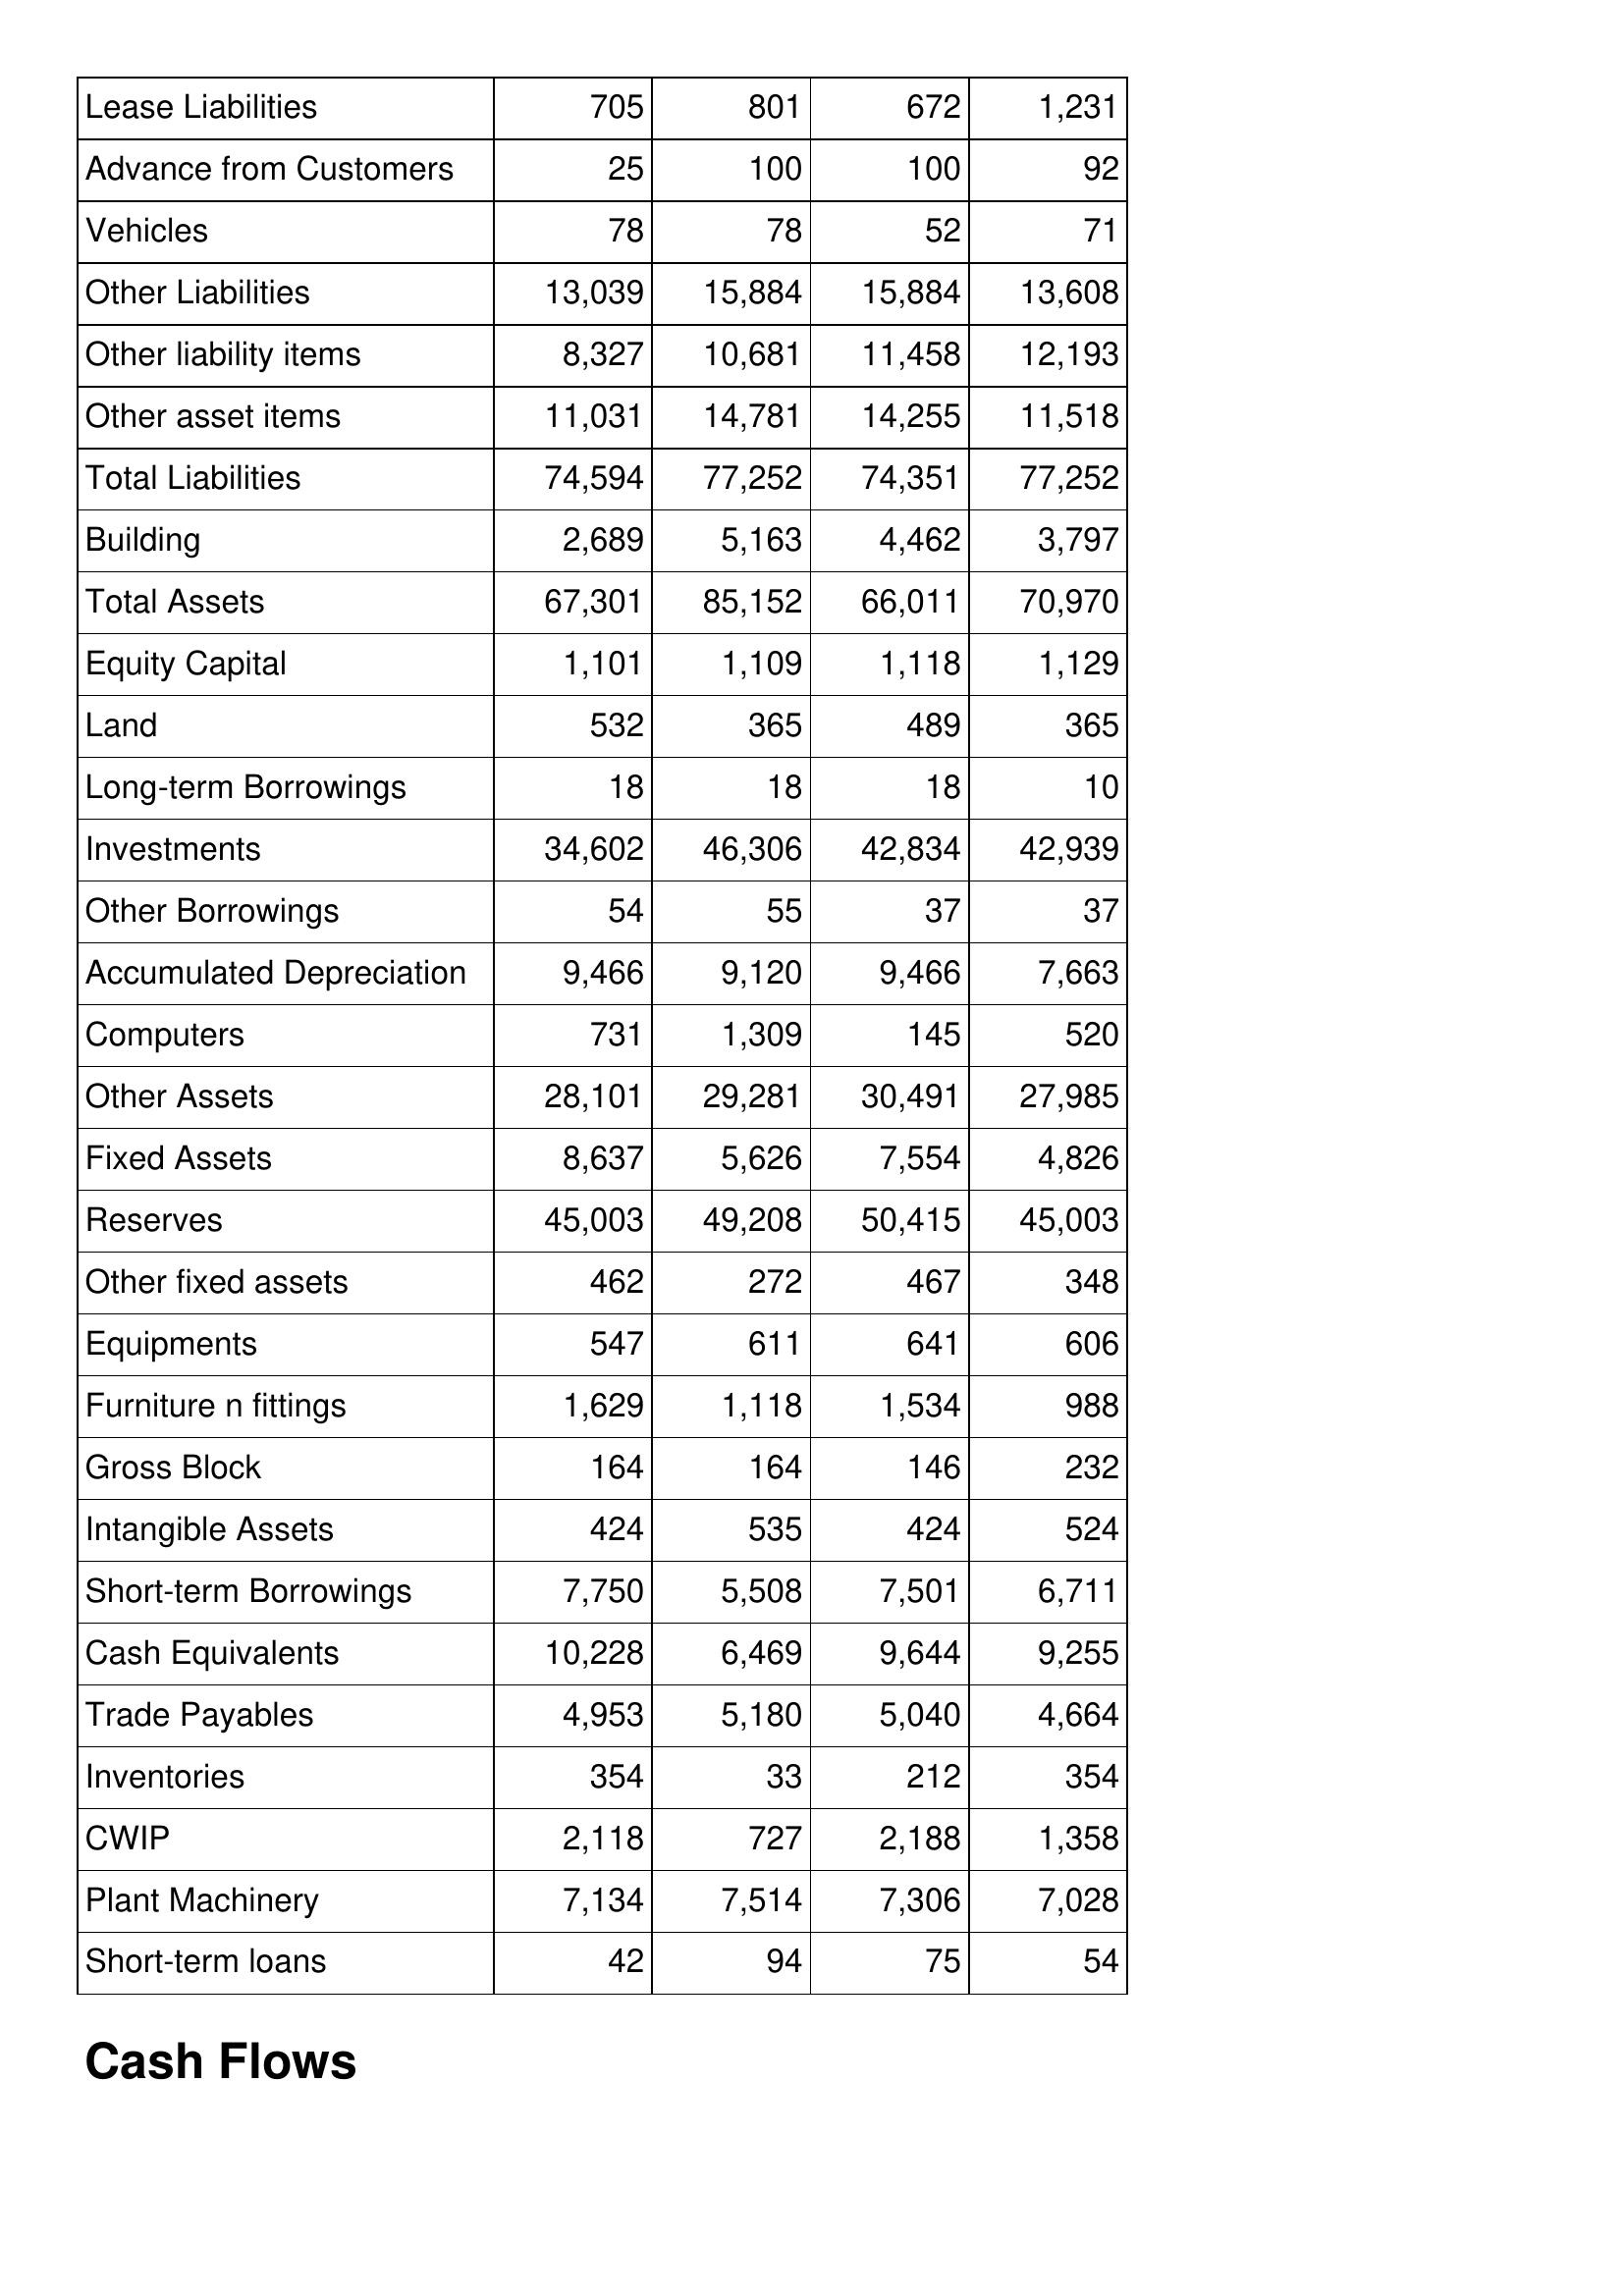
May-15: Balance Sheet: Lease Liabilities: 705
Advance from Customers: 25
Vehicles: 78
Other Liabilities: 13,039
Other liability items: 8,327
Other asset items: 11,031
Total Liabilities: 74,594
Building: 2,689
Total Assets: 67,301
Equity Capital: 1,101
Land: 532
Long-term Borrowings: 18
Investments: 34,602
Other Borrowings: 54
Accumulated Depreciation: 9,466
Computers: 731
Other Assets: 28,101
Fixed Assets: 8,637
Reserves: 45,003
Other fixed assets: 462
Equipments: 547
Furniture n fittings: 1,629
Gross Block: 164
Intangible Assets: 424
Short-term Borrowings: 7,750
Cash Equivalents: 10,228
Trade Payables: 4,953
Inventories: 354
CWIP: 2,118
Plant Machinery: 7,134
Short-term loans: 42
May-14: Balance Sheet: Lease Liabilities: 801
Advance from Customers: 100
Vehicles: 78
Other Liabilities: 15,884
Other liability items: 10,681
Other asset items: 14,781
Total Liabilities: 77,252
Building: 5,163
Total Assets: 85,152
Equity Capital: 1,109
Land: 365
Long-term Borrowings: 18
Investments: 46,306
Other Borrowings: 55
Accumulated Depreciation: 9,120
Computers: 1,309
Other Assets: 29,281
Fixed Assets: 5,626
Reserves: 49,208
Other fixed assets: 272
Equipments: 611
Furniture n fittings: 1,118
Gross Block: 164
Intangible Assets: 535
Short-term Borrowings: 5,508
Cash Equivalents: 6,469
Trade Payables: 5,180
Inventories: 33
CWIP: 727
Plant Machinery: 7,514
Short-term loans: 94
May-13: Balance Sheet: Lease Liabilities: 672
Advance from Customers: 100
Vehicles: 52
Other Liabilities: 15,884
Other liability items: 11,458
Other asset items: 14,255
Total Liabilities: 74,351
Building: 4,462
Total Assets: 66,011
Equity Capital: 1,118
Land: 489
Long-term Borrowings: 18
Investments: 42,834
Other Borrowings: 37
Accumulated Depreciation: 9,466
Computers: 145
Other Assets: 30,491
Fixed Assets: 7,554
Reserves: 50,415
Other fixed assets: 467
Equipments: 641
Furniture n fittings: 1,534
Gross Block: 146
Intangible Assets: 424
Short-term Borrowings: 7,501
Cash Equivalents: 9,644
Trade Payables: 5,040
Inventories: 212
CWIP: 2,188
Plant Machinery: 7,306
Short-term loans: 75
May-12: Balance Sheet: Lease Liabilities: 1,231
Advance from Customers: 92
Vehicles: 71
Other Liabilities: 13,608
Other liability items: 12,193
Other asset items: 11,518
Total Liabilities: 77,252
Building: 3,797
Total Assets: 70,970
Equity Capital: 1,129
Land: 365
Long-term Borrowings: 10
Investments: 42,939
Other Borrowings: 37
Accumulated Depreciation: 7,663
Computers: 520
Other Assets: 27,985
Fixed Assets: 4,826
Reserves: 45,003
Other fixed assets: 348
Equipments: 606
Furniture n fittings: 988
Gross Block: 232
Intangible Assets: 524
Short-term Borrowings: 6,711
Cash Equivalents: 9,255
Trade Payables: 4,664
Inventories: 354
CWIP: 1,358
Plant Machinery: 7,028
Short-term loans: 54